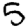
Digit: 5